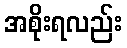
အစိုးရလည်း